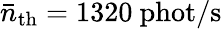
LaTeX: \bar{n}_{\mathrm{th}}=1320\ \mathrm{phot/s}